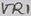
Text: VR1